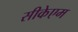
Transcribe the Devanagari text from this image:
सीकेएम